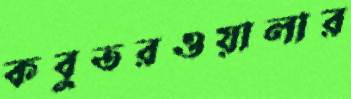
কবুতরওয়ালার